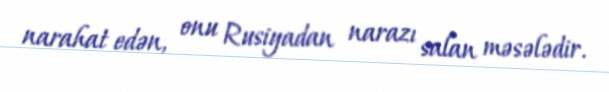
narahat edən, onu Rusiyadan narazı salan məsələdir.